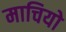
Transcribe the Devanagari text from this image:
माचियो